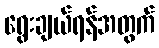
ရွေးချယ်ရန်အတွက်